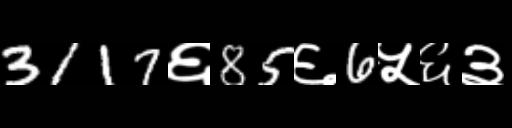
Text: 3117६85६6५६३